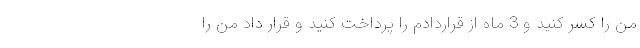
من را کسر کنید و 3 ماه از قراردادم را پرداخت کنید و قرار داد من را